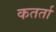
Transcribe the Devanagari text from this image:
कतर्ता